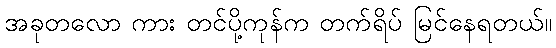
အခုတလော ကား တင်ပို့ကုန်က တက်ရိပ် မြင်နေရတယ်။